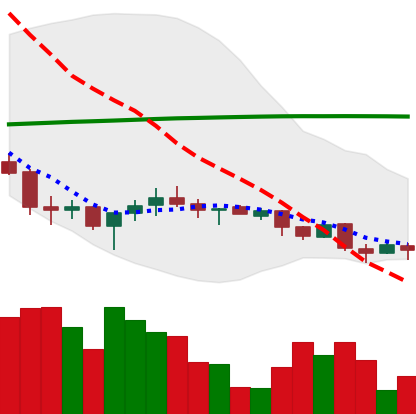
Ticker: XMR-USD
Chart end date: 2018-04-01
Forward return: -7.694%
Label: down_7plus